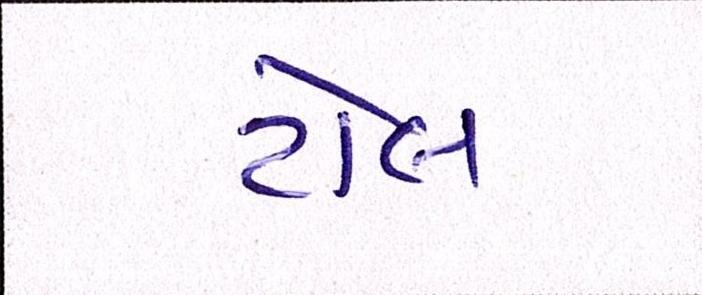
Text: ટોલ